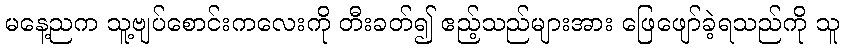
မနေ့ညက သူ့ဗျပ်စောင်းကလေးကို တီးခတ်၍ ဧည့်သည်များအား ဖြေဖျော်ခဲ့ရသည်ကို သူ